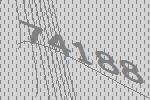
74188